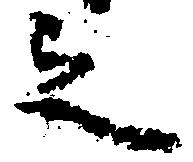
之